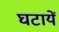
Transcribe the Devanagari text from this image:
घटायें